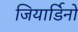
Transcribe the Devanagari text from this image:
जियार्डिनो